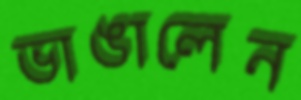
ভাঙালেন